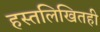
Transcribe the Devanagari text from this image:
हस्तलिखितही